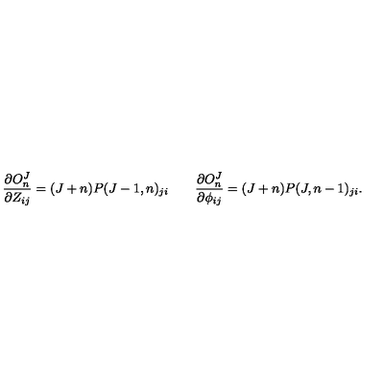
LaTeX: { \frac { \partial O _ { n } ^ { J } } { \partial Z _ { i j } } } = ( J + n ) P ( J - 1 , n ) _ { j i } \qquad { \frac { \partial O _ { n } ^ { J } } { \partial \phi _ { i j } } } = ( J + n ) P ( J , n - 1 ) _ { j i } .